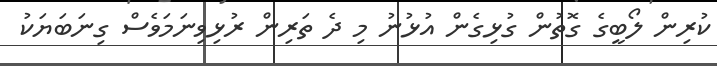
ކުރިން ލޯބީގެ ގޮތުން ގުޅިގެން އުޅުނު މި ދެ ތަރިން ރުޅިވިނަމަވެސް ގިނަބަޔަކު